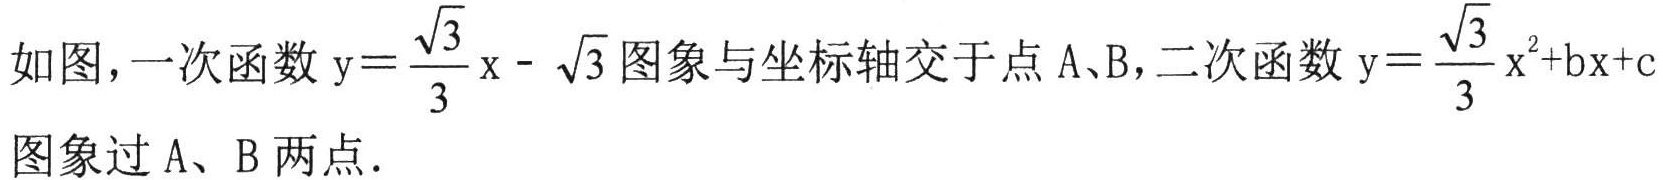
如图，一次函数\(y = \frac{\sqrt{3}}{3}x-\sqrt{3}\)图象与坐标轴交于点\(A、B\)，二次函数\(y = \frac{\sqrt{3}}{3}x^{2}+bx + c\)图象过\(A、B\)两点.